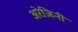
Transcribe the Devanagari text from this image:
अरेज़िनी